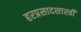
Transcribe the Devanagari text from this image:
हरप्रसादशास्त्री